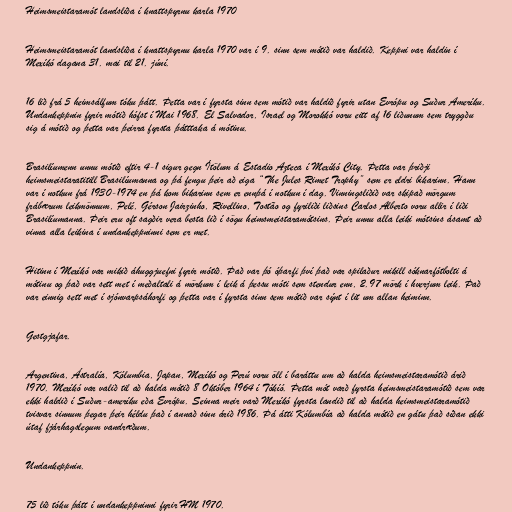
Heimsmeistaramót landsliða í knattspyrnu karla 1970

Heimsmeistaramót landsliða í knattspyrnu karla 1970 var í 9. sinn sem mótið var haldið. Keppni var haldin í
Mexíkó dagana 31. mai til 21. júní.

16 lið frá 5 heimsálfum tóku þátt. Þetta var í fyrsta sinn sem mótið var haldið fyrir utan Evrópu og Suður Ameríku.
Undankeppnin fyrir mótið hófst í Mai 1968. El Salvador, Israel og Morokkó voru eitt af 16 liðunum sem tryggðu
sig á mótið og þetta var þeirra fyrsta þátttaka á mótinu.

Brasilíumenn unnu mótið eftir 4-1 sigur gegn Ítölum á Estadio Azteca í Mexíkó City. Þetta var þriðji
heimsmeistaratitill Brasilíumanna og þá fengu þeir að eiga “The Jules Rimet Trophy” sem er eldri bikarinn. Hann
var í notkun frá 1930-1974 en þá kom bikarinn sem er ennþá í notkun í dag. Vinningsliðið var skipað mörgum
frábærum leikmönnum, Pelé, Gérson Jairzinho, Rivellino, Tostão og fyriliði liðsins Carlos Alberto voru allir í liði
Brasilíumanna. Þeir eru oft sagðir vera besta lið í sögu heimsmeistaramótsins. Þeir unnu alla leiki mótsins ásamt að
vinna alla leikina í undankeppninni sem er met.

Hitinn í Mexíkó var mikið áhuggjuefni fyrir mótið. Það var þó óþarfi því það var spilaður mikill sóknarfótbolti á
mótinu og það var sett met í meðaltali á mörkum í leik á þessu móti sem stendur enn, 2.97 mörk í hverjum leik. Það
var einnig sett met í sjónvarpsáhorfi og þetta var í fyrsta sinn sem mótið var sýnt í lit um allan heiminn.

Gestgjafar.

Argentina, Ástralía, Kólumbia, Japan, Mexíkó og Perú voru öll í baráttu um að halda heimsmeistaramótið árið
1970. Mexíkó var valið til að halda mótið 8 Október 1964 í Tókíó. Þetta mót varð fyrsta heimsmeistaramótið sem var
ekki haldið í Suður-ameríku eða Evrópu. Seinna meir varð Mexíkó fyrsta landið til að halda heimsmeistaramótið
tvisvar sinnum þegar þeir héldu það í annað sinn árið 1986. Þá átti Kólumbía að halda mótið en gátu það síðan ekki
útaf fjárhagslegum vandræðum.

Undankeppnin.

75 lið tóku þátt í undankeppninni fyrir HM 1970.